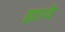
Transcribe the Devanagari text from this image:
ह्यावे